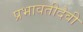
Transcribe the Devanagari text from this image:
प्रभावतीदेवी